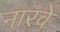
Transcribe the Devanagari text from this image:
नारवे